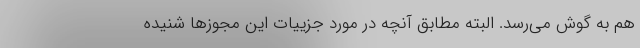
هم به گوش می‌رسد. البته مطابق آنچه در مورد جزییات این مجوزها شنیده